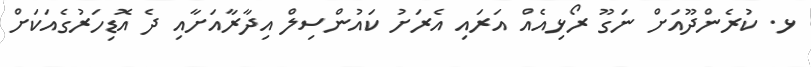
ޅ. ކުރެންދޫއަށް ނަގޫ ރޯޅިއެއް އަރައި އެރަށު ކައުންސިލް އިދާރާއަށާއި ދެ އޮޑިހަރުގެއަކަށް